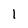
Character: 1